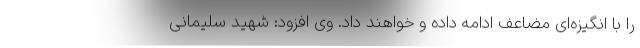
را با انگیزه‌ای مضاعف ادامه داده و خواهند داد. وی افزود: شهید سلیمانی